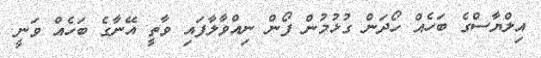
އިލްޔާސްގެ ބަހެއް ހޯދަން ގުޅުމުން ފޯން ނިއްވާލާފައި ވާތީ އޭނާގެ ބަހެއް ވަނީ